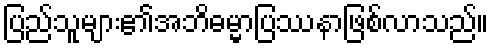
ပြည်သူများ၏အဘိဓမ္မာပြဿနာဖြစ်လာသည်။